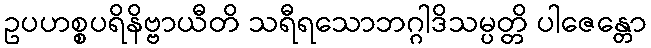
ဥပဟစ္စပရိနိဗ္ဗာယီတိ သရီရသောဘဂ္ဂါဒိသမ္ပတ္တိ ပါဇေန္တော